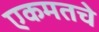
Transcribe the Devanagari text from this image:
एकमतचे